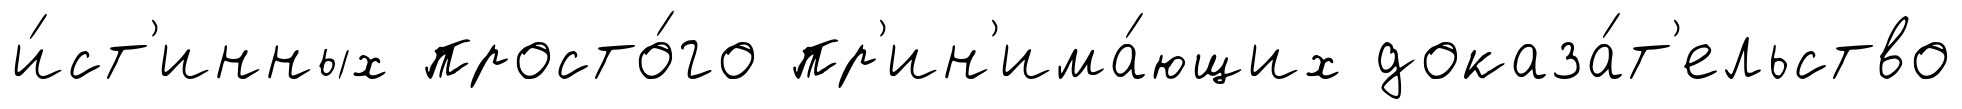
и́ст'инных просто́го пр'ин'има́ющих доказа́т'ельство